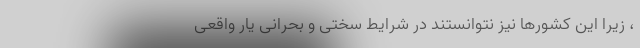
، زیرا این کشورها نیز نتوانستند در شرایط سختی و بحرانی یار واقعی